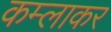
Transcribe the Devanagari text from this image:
कम्लाकर